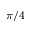
\pi / 4